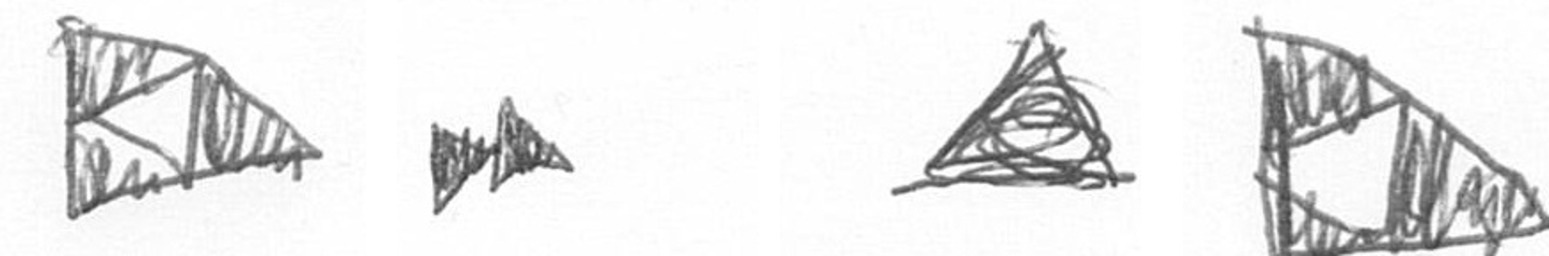
K A O K